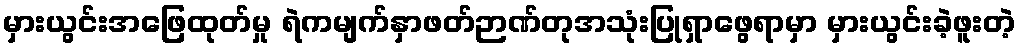
မှားယွင်းအဖြေထုတ်မှု ရဲကမျက်နှာဖတ်ဉာဏ်တုအသုံးပြုရှာဖွေရာမှာ မှားယွင်းခဲ့ဖူးတဲ့